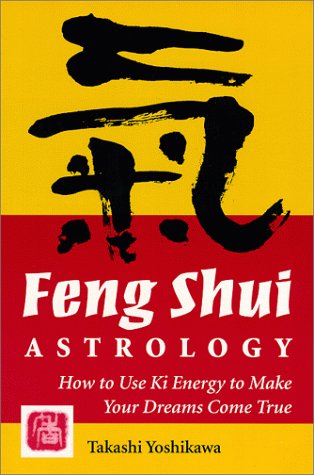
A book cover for Feng-Shui Astrology: How to Use KI Energy to Make Your Dreams Come True; Takashi Yoshikawa; Religion & Spirituality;